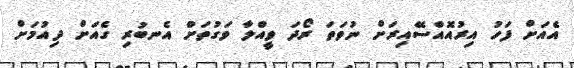
އެއަށް ފަހު އިރުއޮއްސޭއިރަށް ނުވަތަ ރޯދަ ވީއްލާ ވަގުތަށް އެނބުރި ގެއަށް ދިއުމަށް